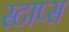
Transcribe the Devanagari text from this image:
स्टाप्स